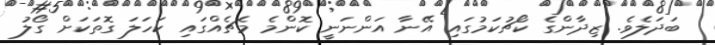
ބަދަލެވެ. ޒިދާންގެ ކޯޗުކަމުގައި އޭނާ އަންނަނީ ކޮންމެ މެޗެއްގައި ކަހަލަ ގޮތަކަށް ގޯލު